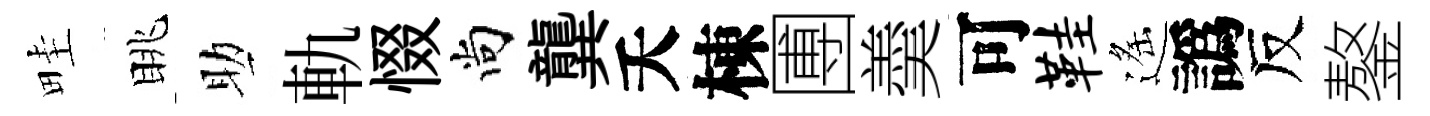
畦眺助軌惙尚龔夭棟圑羮可鞋遙譌反鏊